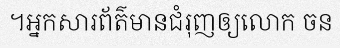
។អ្នកសារព័ត៌មានជំរុញឲ្យលោក ចន